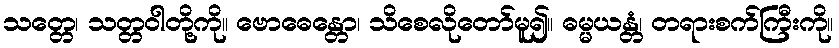
သတ္တေ၊ သတ္တဝါတို့ကို။ ဗောဓေန္တော၊ သိစေလိုတော်မူ၍။ ဓမ္မယန္တံ၊ တရားစက်ကြီးကို။